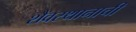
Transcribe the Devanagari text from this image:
शैवस्थानाची